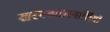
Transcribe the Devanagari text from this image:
खरपतवारनाशियों